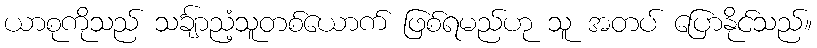
ယာစုကိုသည် သင်္ချာညံ့သူတစ်ယောက် ဖြစ်ရမည်ဟု သူ အတပ် ပြောနိုင်သည်။